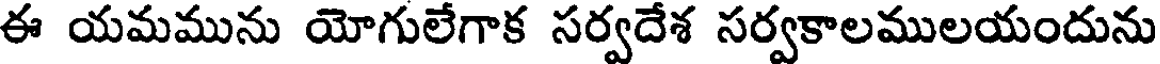
ఈ యమమును యోగులేగాక సర్వదేశ సర్వకాలములయందును